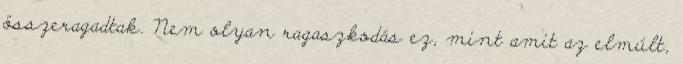
összeragadtak. Nem olyan ragaszkodás ez, mint amit az elmúlt,